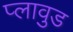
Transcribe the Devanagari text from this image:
प्लावुड